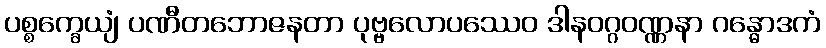
ပစ္စက္ခေယျံ ပဏီတဘောဇနတာ ပုဗ္ဗလောပဿေဝ ဒါနဝဂ္ဂဝဏ္ဏနာ ဂန္ဓောဒကံ